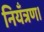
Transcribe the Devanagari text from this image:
नियँत्रण।